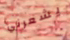
يشعرني